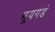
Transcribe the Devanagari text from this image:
सूयगडं